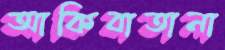
আকিবাতানা